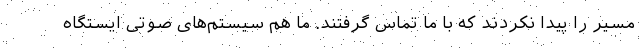
مسیر را پیدا نکردند که با ما تماس گرفتند. ما هم سیستم‌های صوتی ایستگاه